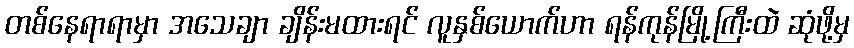
တစ်နေရာရာမှာ အသေချာ ချိန်းမထားရင် လူနှစ်ယောက်ဟာ ရန်ကုန်မြို့ကြီးထဲ ဆုံဖို့မှ